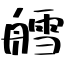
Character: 艝